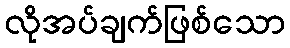
လိုအပ်ချက်ဖြစ်သော